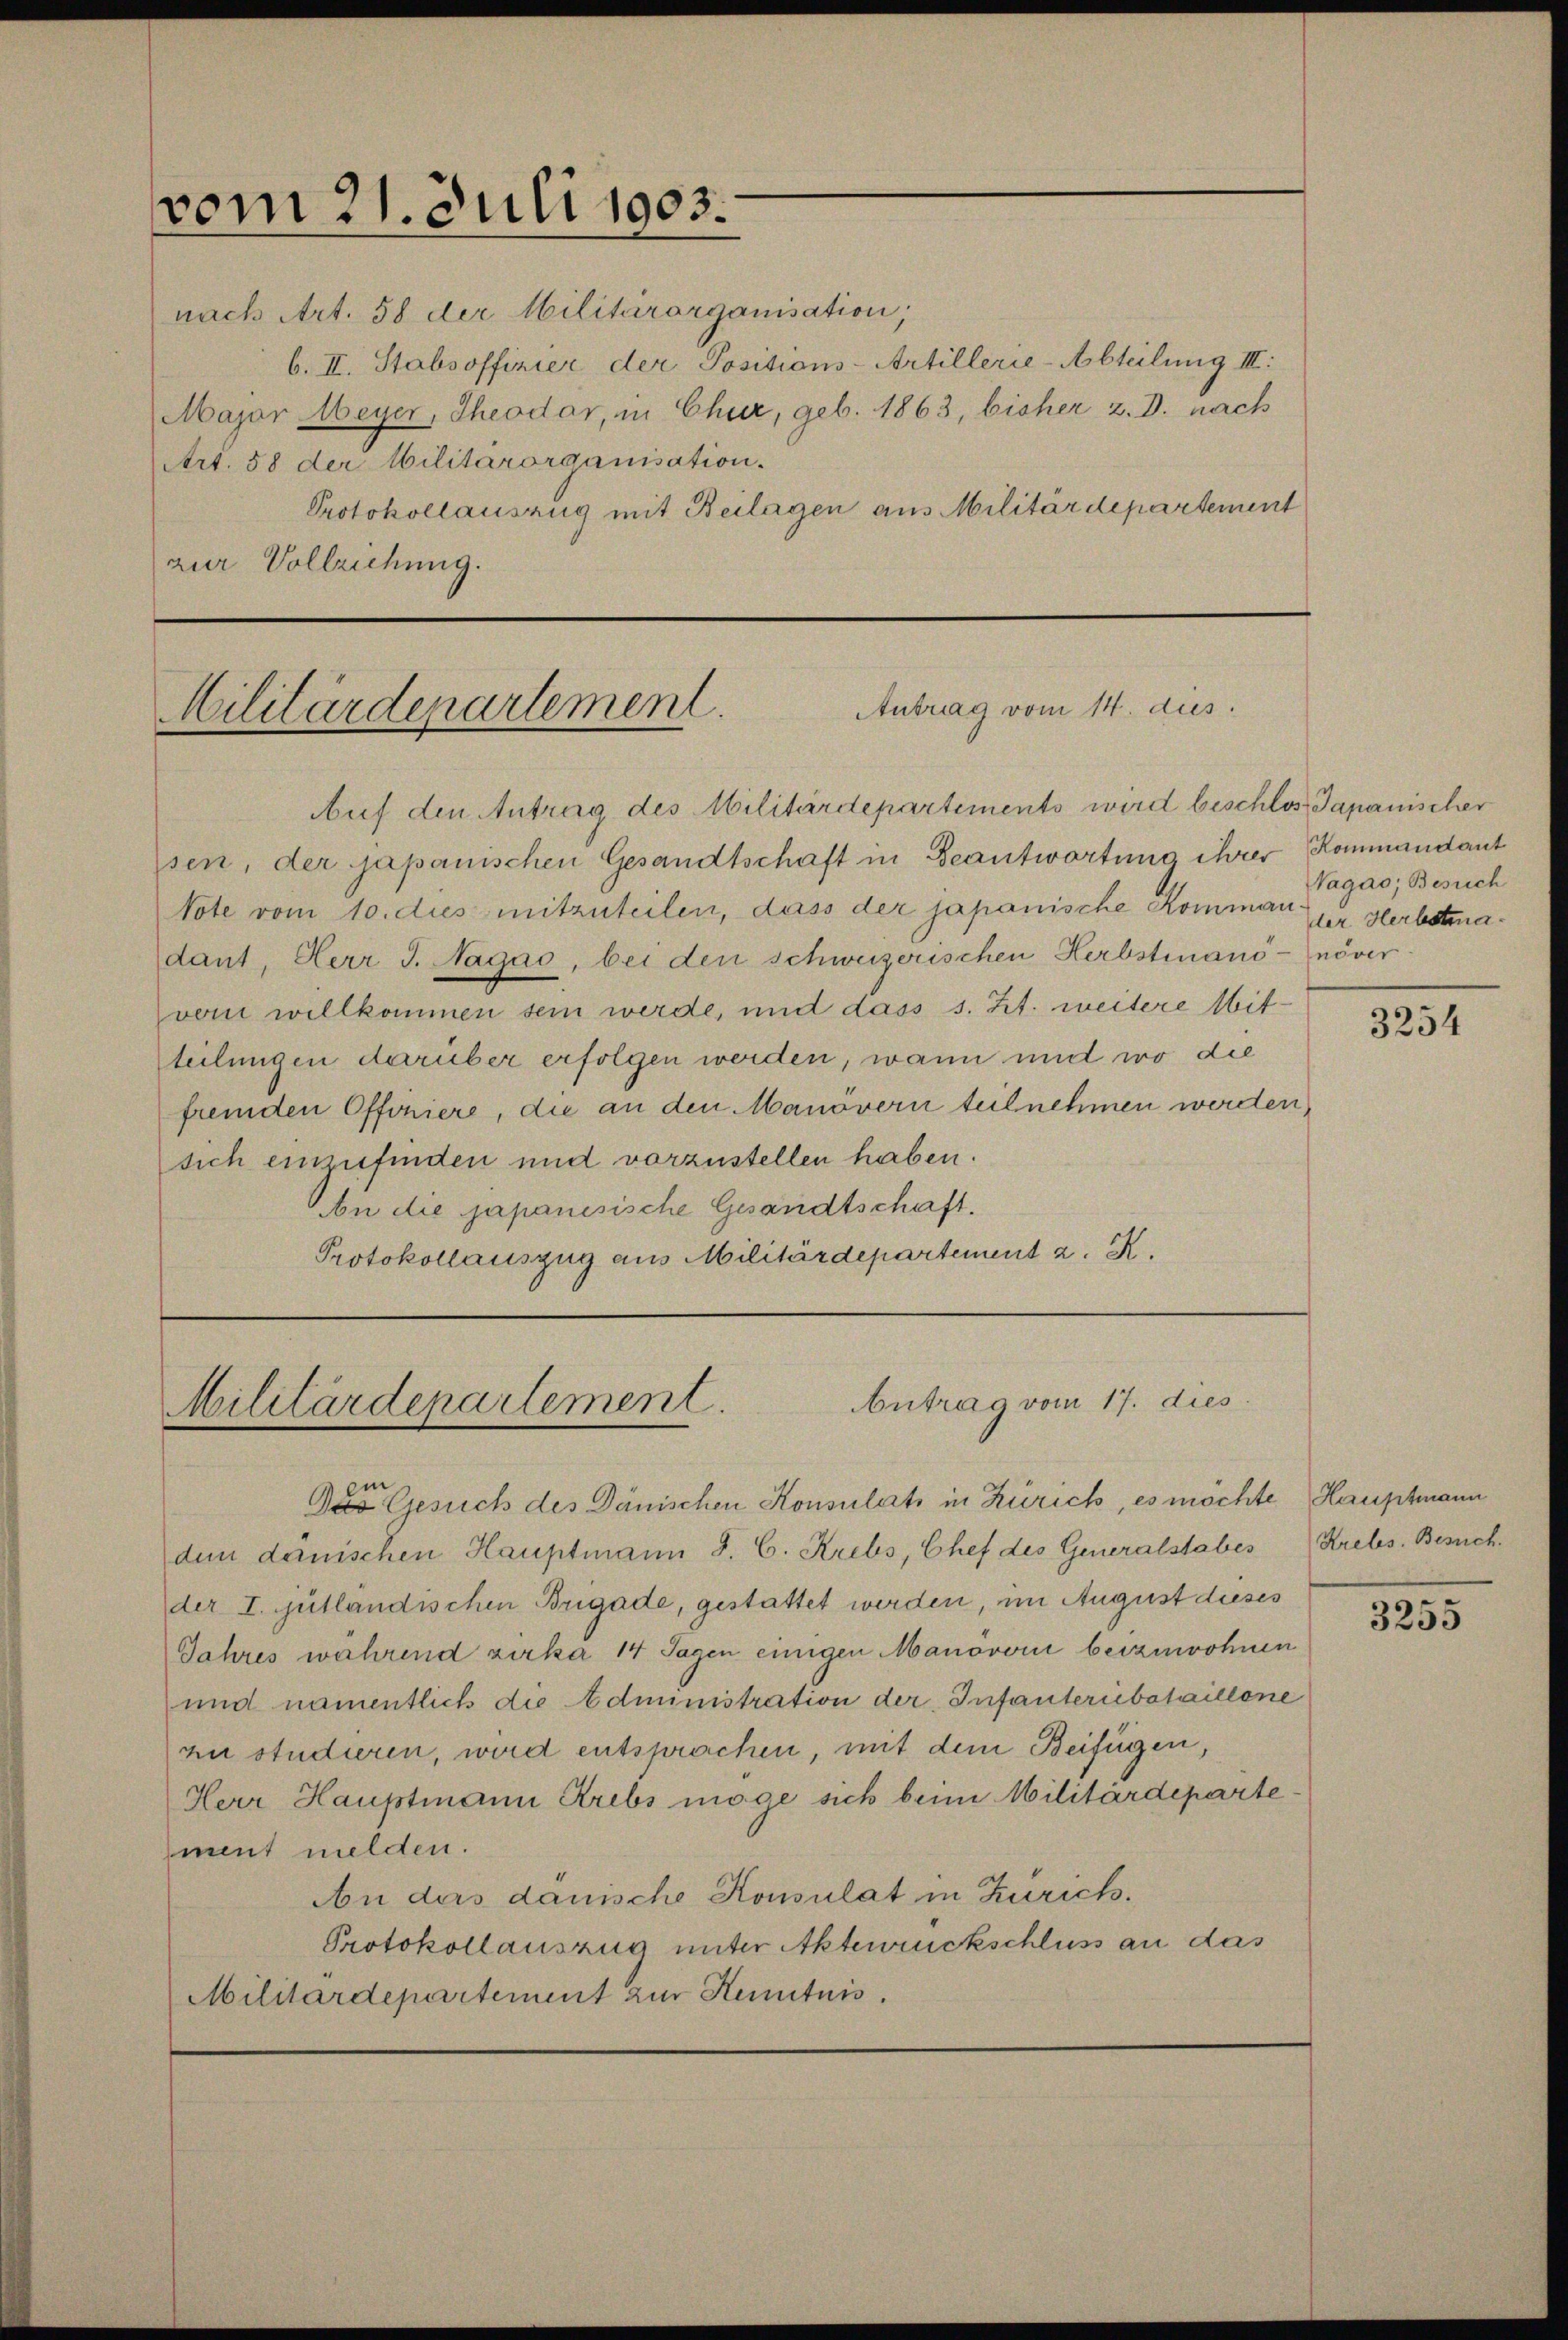
vom 21. Juli 1903.

nach Art. 58 der Militärorganisation;
b. II. Stabsoffizier der Positions-Artillerie-Abteilung III:
Major Meyer, Theodor, in Chur, geb. 1863, bisher z. B. nach
Art. 58 der Militärorganisation.
Protokollauszug mit Beilagen aus Militärdepartement
zur Vollziehung.

Antrag vom 14. dus.
Militärdepartement.

Auf den Antrag des Militärdepartements wird beschlos, Japanischer
sen, der japanischen Gesandtschaft in Beantwortung ihrer Kommandant
Note vom 10. dies mitzuteilen, dass der japanische Kommann Herbstmadant, Herr J. Nagao, bei den schweizerischen Herbstinanó-növer
vem willkommen sein werde, und dass s. Zt. weitere Mitteilungen darüber erfolgen werden, wann mit wo die
fremden Offoniere, die an den Manövern teilnehmen werden,
sich einzufinden und vorzustellen haben.
An die japanisische Gesandtschaft.
Protokollauszug aus Militärdepartement a.

Antrag vom 17. dies
Militärdepartement.

Vagas, Besuch

Gesuch des Dänischen Konsulats in Zürich, es möchte Hauptmann
dem dänischen Hauptmann J. C. Krebs, Chef des Generalstabes Krebs, Besuch.
der I. jutländischen Brigade, gestattet werden, im August dieses
Jahres während zirka 14 Tagen einigen Manöveri beizuwohnen
und namentlich die Administration der Infanteriebataillone
au studieren, wird entsprochen, mit dem Beifügen,
Herr Hauptmann Krebs möge sich beim Militärdepartement melden.
An ders danische Konsulat in Zürich.
Protokollauszug unter Aktenrückschluss an das
Militärdepartement zur Kenntnis.

3254

3255